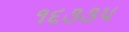
૧૬૩૩૫